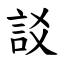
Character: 訤